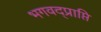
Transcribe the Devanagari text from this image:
भगवद्प्राप्ति